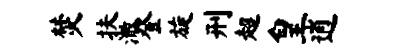
焚扶澈登旋刑超皇逍